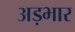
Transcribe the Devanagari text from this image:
अड़भार